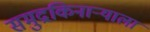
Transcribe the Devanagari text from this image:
समुद्रकिनार्‍याला